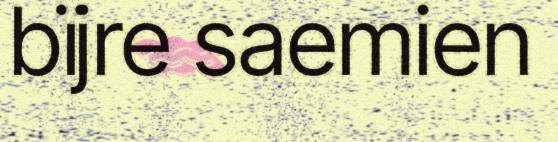
bïjre saemien